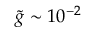
\Tilde { g } \sim 1 0 ^ { - 2 }